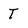
Character: T